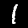
Label: 1